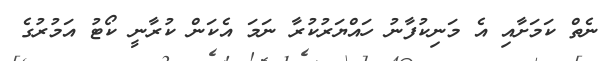
ނެތް ކަމަށާއި އެ މަނިކުފާނު ހައްޔަރުކުރާ ނަމަ އެކަން ކުރާނީ ކޯޓު އަމުރުގެ